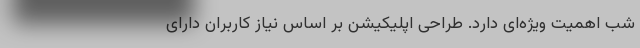
شب اهمیت ویژه‌ای دارد. طراحی اپلیکیشن بر اساس نیاز کاربران دارای